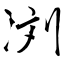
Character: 浏